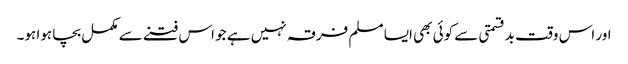
اور اس وقت بدقسمتی سے کوئی بھی ایسا مسلم فرقہ نہیں ہے جو اس فتنے سے مکمل بچا ہوا ہو۔